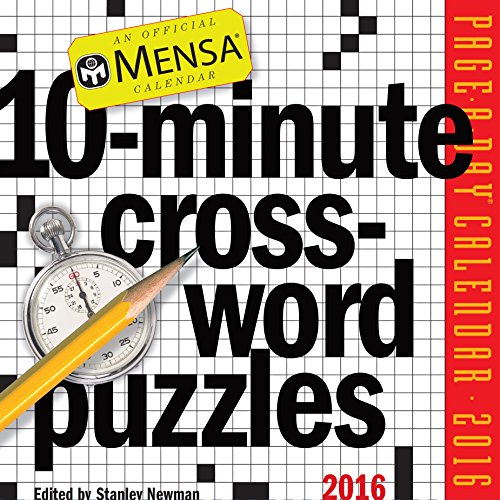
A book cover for Mensa 10-Minute Crossword Puzzles Page-A-Day Calendar 2016; Stanley Newman; Calendars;